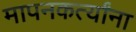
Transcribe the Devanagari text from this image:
मापनकर्त्यांना